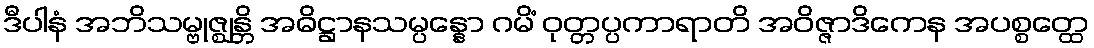
ဒီပါနံ အဘိသမ္ဗုဇ္ဈန္တိ အဓိဋ္ဌာနသမ္ပန္နော ဂမိံ ဝုတ္တပ္ပကာရာတိ အဝိဇ္ဇာဒိကေန အပစ္စတ္ထေ